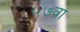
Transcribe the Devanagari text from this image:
५७वा